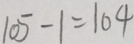
1 0 5 - 1 = 1 0 4